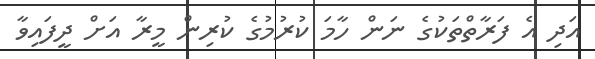
އަދި އެ ފަރާތްތަކުގެ ނަން ހާމަ ކުރުމުގެ ކުރިން މީރާ އަށް ދީފައިވާ